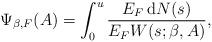
LaTeX: \begin{align*}\Psi_{\beta,F}(A)=\int_0^u\frac{E_F \,\mathrm{d}N(s)}{E_F W(s;\beta,A)},\end{align*}